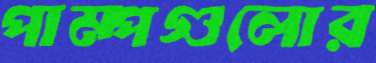
পাম্পগুলোর